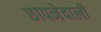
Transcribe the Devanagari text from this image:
छापनेवाली